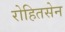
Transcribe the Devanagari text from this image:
रोहितसेन